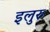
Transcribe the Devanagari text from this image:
इलुरु